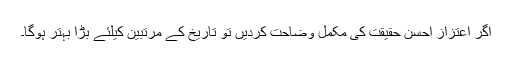
اگر اعتزاز احسن حقیقت کی مکمل وضاحت کردیں تو تاریخ کے مرتبین کیلئے بڑا بہتر ہوگا۔